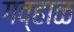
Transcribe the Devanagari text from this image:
गव्हाळ